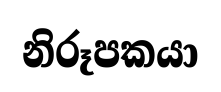
නිරූපකයා